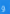
و